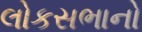
લોકસભાનો